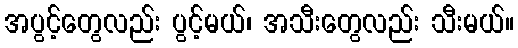
အပွင့်တွေလည်း ပွင့်မယ်၊ အသီးတွေလည်း သီးမယ်။